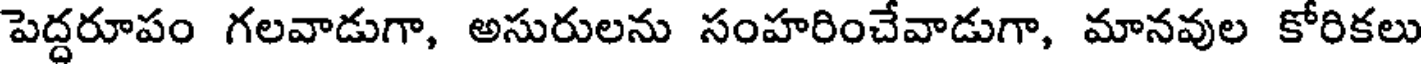
పెద్దరూపం గలవాడుగా, అసురులను సంహరించేవాడుగా, మానవుల కోరికలు